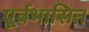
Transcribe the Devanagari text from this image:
पूर्वभासित